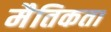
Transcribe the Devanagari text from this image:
मैतिकता